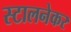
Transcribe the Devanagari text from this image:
स्टालनेकर